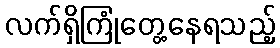
လက်ရှိကြုံတွေ့နေရသည့်